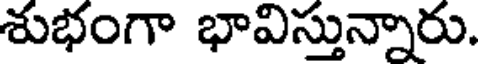
శుభంగా భావిస్తున్నారు.